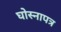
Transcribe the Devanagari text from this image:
घोस्नापत्र